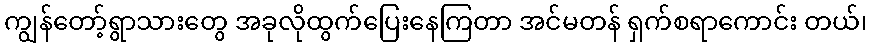
ကျွန်တော့်ရွာသားတွေ အခုလိုထွက်ပြေးနေကြတာ အင်မတန် ရှက်စရာကောင်း တယ်၊